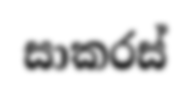
සාකරස්